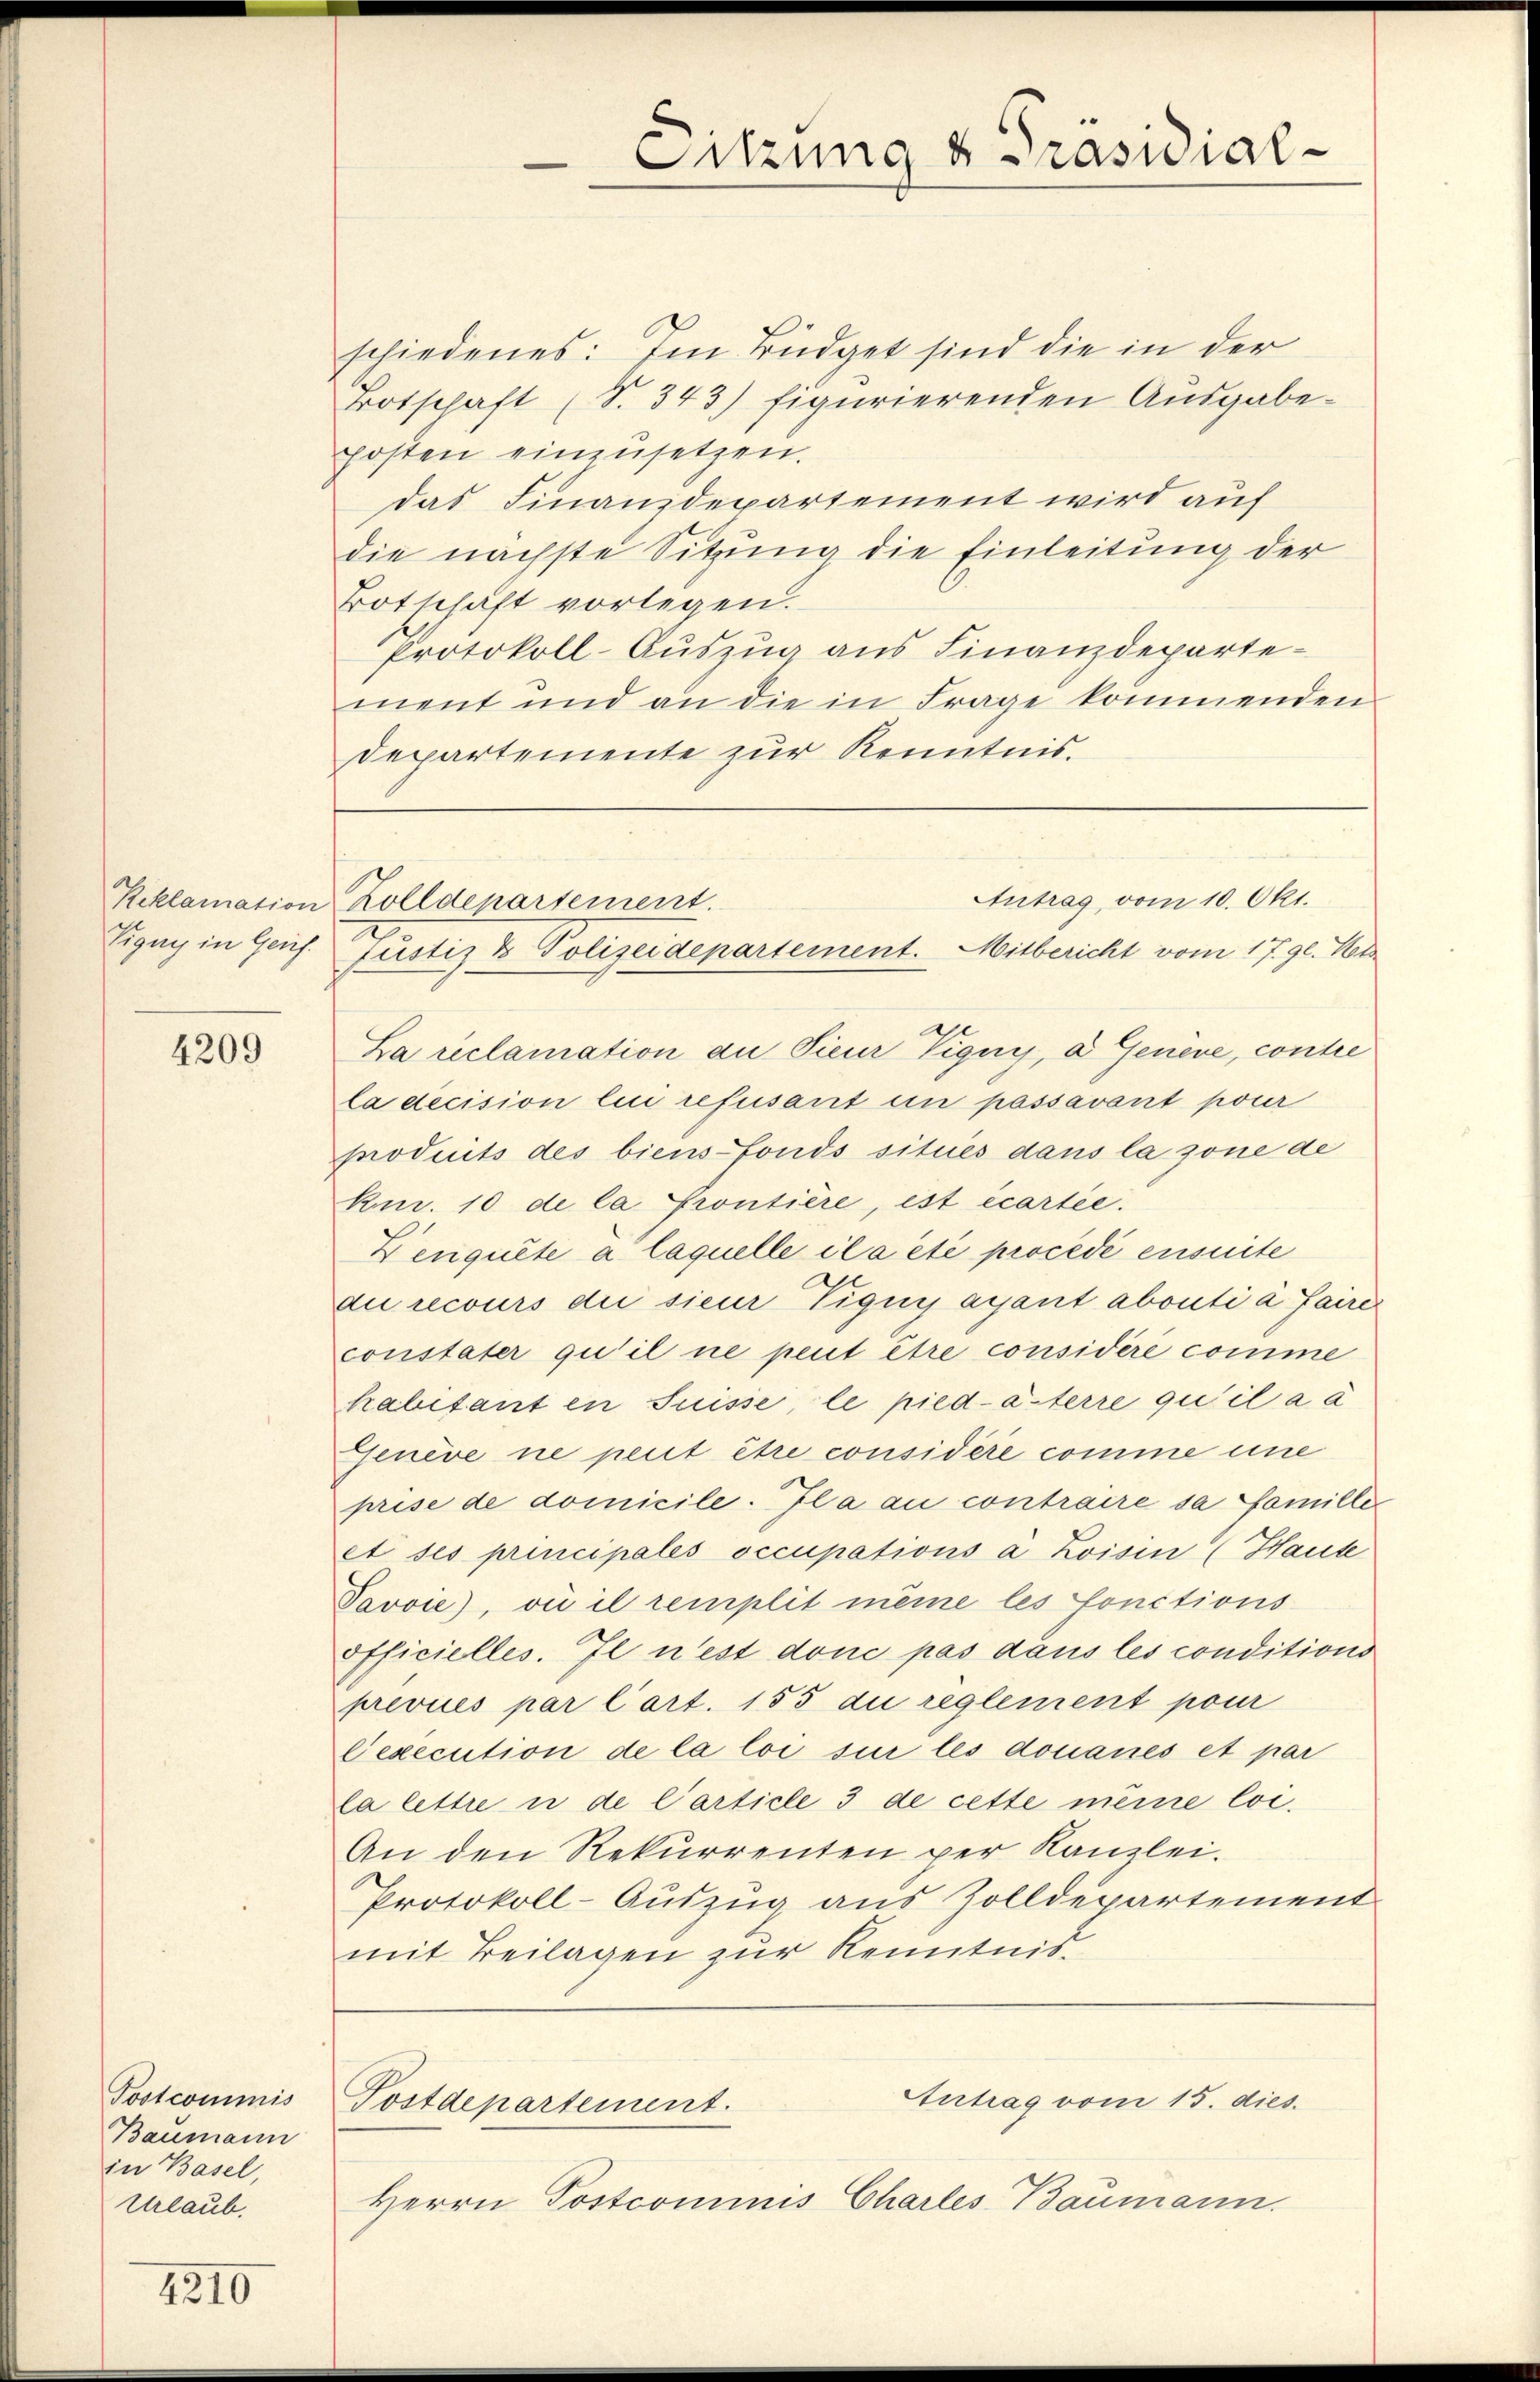
Eigny in Genf.

4209

Tostcommis
Baumann
in Basel,
Urlaub.

4210

schiedenes: Im Büdget sind die in der
Botschaft (S. 343) figurierenden Ausgabe-
posten einzusetzen.
das Finanzdepartement wird auf
die nächste Sitzung die Einleitung der
Botschaft vorlegen.
Protokoll-Auszug aus Finanzdepartement und an die in Frage kommenden
Departemente zur Kenntnis.

La reclamation an Pieur Vigny, d Genere, contre
la decision lui refusant en passavant pour
produits des biens fonds situés dans la zone de
knr. 10 de la Prontière, est écartie.
Zenquête à laquelle il a été procédé ensuite
du recours die sieur Tiquy ayant abouti à faire
constater qu’il ne peut être considéré comme
habitant in Suisse, le pied-ästerre qu’il a a
Genève ne peut être considère comme eine
prise de domicile. Il a au contraire sa famille
et ses principales occupations à Zoisin (Haute
Pavvie), vi il remplit meine les fonctions
officielles. Il n’est donc pas dans les conditions
prevues par Cart. 155 du reglement pour
Dexecution de la loi sui les donanés et par
la lettre in de Carticle 3 de cette même loi.
An den Rekurrenten per Kanzlei.
Protokoll-Auszug aus Zolldepartement
mit Beilagen zur Kenntnis

Sitzung & Präsidial-

Antrag, vom 10. Okt.
Reklamation Zolldepartement.
Justiz & Polizeidepartement. Mitbericht vom 17. gl. Not

Herrn Postcommis Charles Baumann.

Antrag vom 15. dies
Postdepartement.